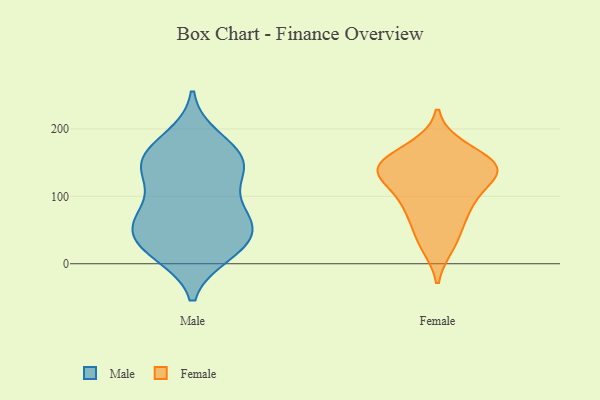
{"axis": {"x": "Production Output", "y": "Value"}, "legend": ["Female", "Male"], "data": [{"x": "", "y": 72, "type": "Male"}, {"x": "", "y": 185, "type": "Male"}, {"x": "", "y": 61, "type": "Male"}, {"x": "", "y": 152, "type": "Male"}, {"x": "", "y": 150, "type": "Male"}, {"x": "", "y": 73, "type": "Male"}, {"x": "", "y": 29, "type": "Male"}, {"x": "", "y": 154, "type": "Male"}, {"x": "", "y": 29, "type": "Male"}, {"x": "", "y": 16, "type": "Male"}, {"x": "", "y": 132, "type": "Male"}, {"x": "", "y": 71, "type": "Male"}, {"x": "", "y": 165, "type": "Male"}, {"x": "", "y": 127, "type": "Male"}, {"x": "", "y": 49, "type": "Male"}, {"x": "", "y": 22, "type": "Male"}, {"x": "", "y": 137, "type": "Female"}, {"x": "", "y": 174, "type": "Female"}, {"x": "", "y": 134, "type": "Female"}, {"x": "", "y": 56, "type": "Female"}, {"x": "", "y": 89, "type": "Female"}, {"x": "", "y": 92, "type": "Female"}, {"x": "", "y": 26, "type": "Female"}, {"x": "", "y": 133, "type": "Female"}, {"x": "", "y": 144, "type": "Female"}, {"x": "", "y": 151, "type": "Female"}]}